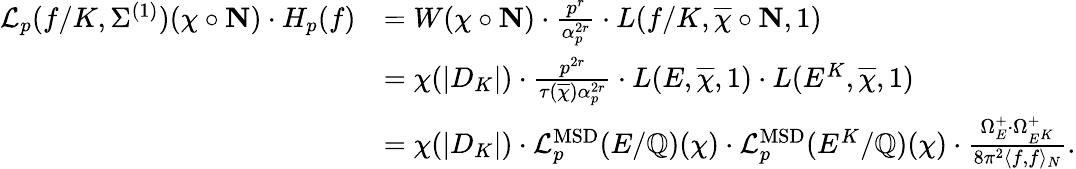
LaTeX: \begin{array}{rl}{\mathcal{L}_{p}(f/K,\Sigma^{(1)})(\chi\circ\mathbf{N})\cdot H_{p}(f)}&{=W(\chi\circ\mathbf{N})\cdot\frac{p^{r}}{\alpha_{p}^{2r}}\cdot L(f/K,\overline{{\chi}}\circ\mathbf{N},1)}\\ &{=\chi(\vert D_{K}\vert)\cdot\frac{p^{2r}}{\tau(\overline{{\chi}})\alpha_{p}^{2r}}\cdot L(E,\overline{{\chi}},1)\cdot L(E^{K},\overline{{\chi}},1)}\\ &{=\chi(\vert D_{K}\vert)\cdot\mathcal{L}_{p}^{\mathrm{MSD}}(E/\mathbb{Q})(\chi)\cdot\mathcal{L}_{p}^{\mathrm{MSD}}(E^{K}/\mathbb{Q})(\chi)\cdot\frac{\Omega_{E}^{+}\cdot\Omega_{E^{K}}^{+}}{8\pi^{2}\langle f,f\rangle_{N}}.}\end{array}